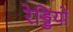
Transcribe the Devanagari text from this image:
रेड्डियों